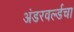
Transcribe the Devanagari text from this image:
अंडरवर्ल्डचा